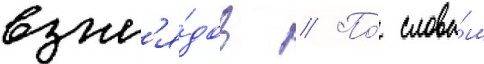
взгл'я́дов // По́ слова́м